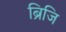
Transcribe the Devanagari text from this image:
ब्रिजि